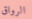
الرواق